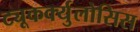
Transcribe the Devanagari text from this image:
ट्यूकर्क्युलोसिस